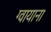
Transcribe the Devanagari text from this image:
ग्वायाना